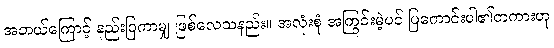
အဘယ်ကြောင့် နည်းပြကာမျှ ဖြစ်လေသနည်း။ အလုံးစုံ အကြွင်းမဲ့ပင် ပြကောင်းပါ၏တကားဟု